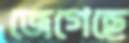
জেগেছে